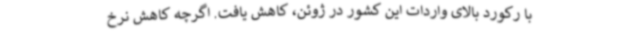
با رکورد بالای واردات این کشور در ژوئن، کاهش یافت. اگرچه کاهش نرخ